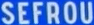
SEFROU